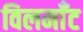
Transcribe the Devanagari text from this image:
विलमाँट